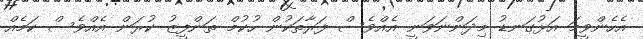
އެހެންވީމަ އަޅުގަނޑު މިދަންނަވަނީ އެއްވެސް ފަރާތަކުން ހުކުމް ތަންފީޒު ކުރަން އެއްވެސް ކަމެއް